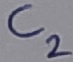
Text: C2